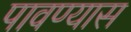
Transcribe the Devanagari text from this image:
पावण्यास